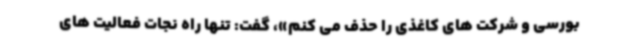
بورسی و شرکت های کاغذی را حذف می کنم»، گفت: تنها راه نجات فعالیت های